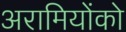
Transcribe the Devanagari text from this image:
अरामियोंको